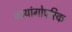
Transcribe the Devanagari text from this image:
जायांगोपरिक